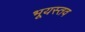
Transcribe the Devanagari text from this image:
भूयस्तव